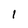
Character: 1